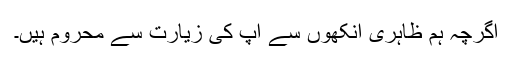
اگرچہ ہم ظاہری آنکھوں سے آپ کی زیارت سے محروم ہیں۔